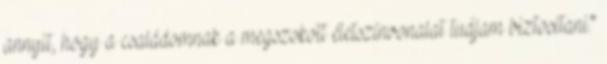
annyit, hogy a családomnak a megszokott életszínvonalat tudjam biztosítani."